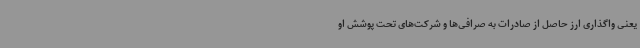
یعنی واگذاری ارز حاصل از صادرات به صرافی‌ها و شرکت‌های تحت پوشش او